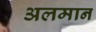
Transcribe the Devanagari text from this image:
अलमान